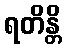
ရတိန္တိ